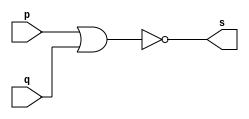
// ------------------------- 
// Exemplo0007 - NOR  
// Nome: Michelle da Costa Silva
// ------------------------- 

// ------------------------- 
// -- nor gate
// -------------------------
          module norgate (output s, input p, q); 
          assign s = ~(p|q);  
          endmodule // norgate 
			 
// ------------------------- 
// -- test nor gate 
// -------------------------
            module testnorgate; 
			  
// ------------------------- dados locais 
            reg a, b; // definir registrador 
            wire s; // definir conexao (fio) 

// ------------------------- instancia 
            norgate NOR1 (s, a, b); 
				 
// ------------------------- preparacao 
            initial begin:start 
              a=0; b=0; 
             end 
				  
// ------------------------- parte principal 
      initial begin:main 
              $display("Exemplo 0007 - Michelle da Costa Silva - 427448"); 
              $display("\nTabela-verdade NOR gate"); 
              $display("\na b s\n");
				  $monitor("%b %b %b", a, b, s); 
              a=0; b=0; 
           #1 a=0; b=1; 
           #1 a=1; b=0; 
           #1 a=1; b=1; 
			     end 
              endmodule // testnorgate